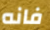
فانه